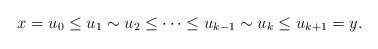
LaTeX: \begin{align*} x= u_0\leq u_1\sim u_2 \leq\cdots\leq u_{k-1}\sim u_k\leq u_{k+1}= y.\end{align*}